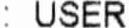
: USER